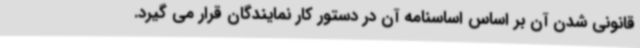
قانونی شدن آن بر اساس اساسنامه آن در دستور کار نمایندگان قرار می گیرد.